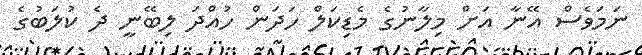
ނަމަވެސް އޭނާ އަށް މިލާނުގެ މެޑިކަލް ހަދަން ހުއްދަ ލިބޭނީ ދެ ކުލަބުގެ